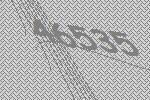
46535